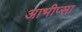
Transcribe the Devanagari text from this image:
आभीप्सा